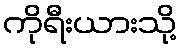
ကိုရီးယားသို့